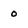
Character: 0